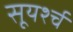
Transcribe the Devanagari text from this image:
सूयर्श्च